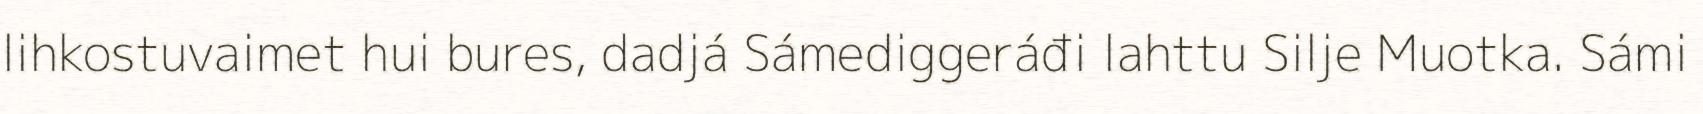
lihkostuvaimet hui bures, dadjá Sámediggeráđi lahttu Silje Muotka. Sámi